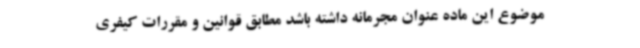
موضوع این ماده عنوان مجرمانه داشته باشد مطابق قوانین و مقررات کیفری